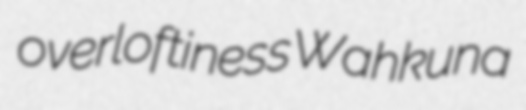
overloftiness Wahkuna